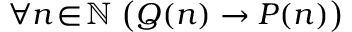
\forall n \! \in \! \mathbb { N } \; { \bigl ( } Q ( n ) \rightarrow P ( n ) { \bigr ) }